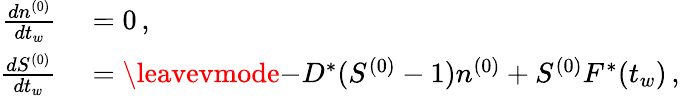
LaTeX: \begin{array}{rl}{{\frac{dn^{(0)}}{dt_{w}}}}&{{}=0\, ,}\\ {{\frac{dS^{(0)}}{dt_{w}}}}&{{}=\leavevmode{-D^{*}(S^{(0)}-1)n^{(0)}+S^{(0)}F^{*}(t_{w})\, ,}}\end{array}